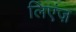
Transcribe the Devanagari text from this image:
लिएंज़